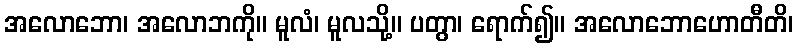
အလောဘော၊ အလောဘကို။ မူလံ၊ မူလသို့။ ပတွာ၊ ရောက်၍။ အလောဘောဟောတီတိ၊